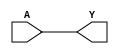
// ================================================================
// NVDLA Open Source Project
// 
// Copyright(c) 2016 - 2017 NVIDIA Corporation.  Licensed under the
// NVDLA Open Hardware License; Check "LICENSE" which comes with 
// this distribution for more information.
// ================================================================

`timescale 10ps/1ps
module  NV_BLKBOX_BUFFER (
	 Y
	,A
	);


output	 Y ;
input	 A ;

assign Y = A;
endmodule